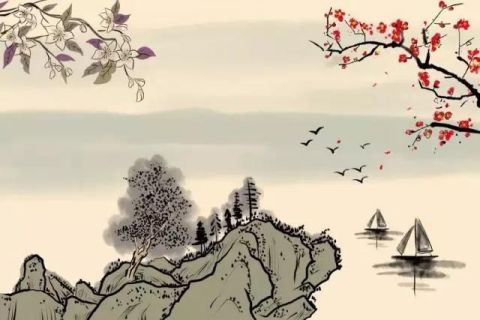
桃李待日开，荣华照当年。